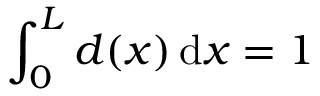
\int _ { 0 } ^ { L } d ( x ) \mathop { } \! \mathrm { d } x = 1